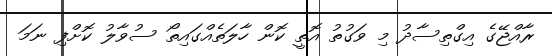
ރާއްޖޭގެ އިގްތިސާދު މި ވަގުތު އޮތީ ކޮން ހާލަތެއްގައިތޯ ސުވާލު ކޮށްފި ނަމަ